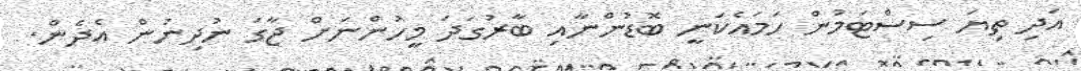
އަދި ތިޔަ ސިސްޓަމުން ހަމައެކަނީ ބޮޑުންނާއި ބާރުގަދަ މީހުންނަށް ޖާގަ ނުދިނުން އެދެން.